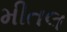
મીતલ